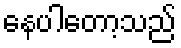
နေပါတော့သည်